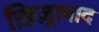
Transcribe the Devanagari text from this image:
ख़िज़्राबाद